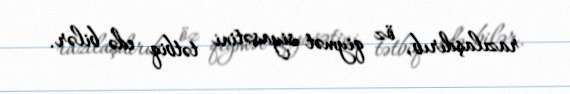
razılaşdırıb, öz qiymət siyasətini tətbiq edə bilər.